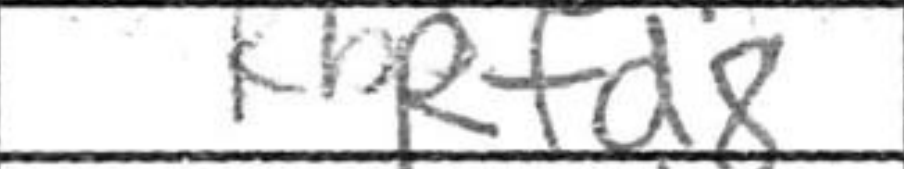
Transcription: Rfd8